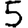
Digit: 5